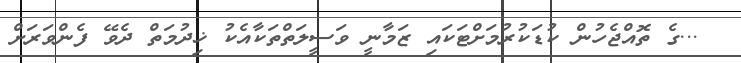
...ގެ ތޮއްޖެހުން ކުޑަކުރުމަށްޓަކައި ޒަމާނީ ވަސީލަތްތަކާއެކު ޚިދުމަތް ދެވޭ ފެންވަރަށް